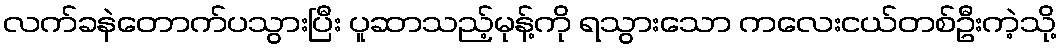
လက်ခနဲတောက်ပသွားပြီး ပူဆာသည့်မုန့်ကို ရသွားသော ကလေးငယ်တစ်ဦးကဲ့သို့